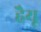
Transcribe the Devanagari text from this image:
हैयू